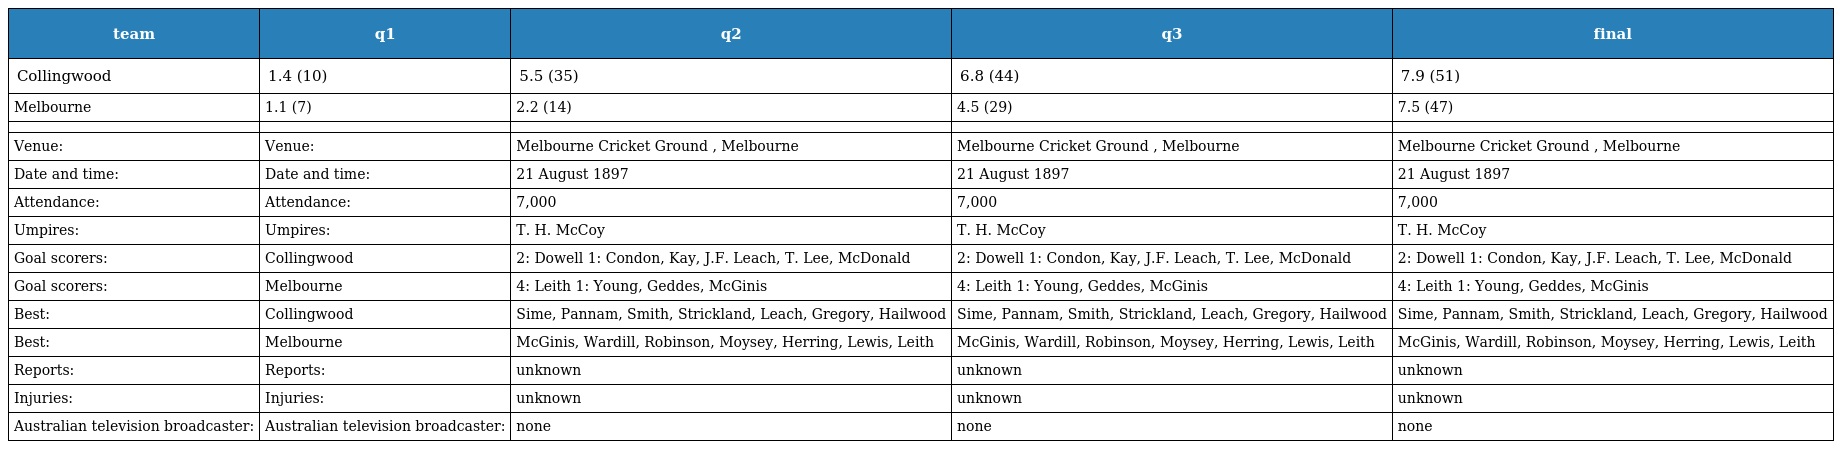
| team | q1 | q2 | q3 | final |
 | --- | --- | --- | --- | --- |
 | Collingwood | 1.4 (10) | 5.5 (35) | 6.8 (44) | 7.9 (51) |
 | Melbourne | 1.1 (7) | 2.2 (14) | 4.5 (29) | 7.5 (47) |
 |  |  |  |  |  |
 | Venue: | Venue: | Melbourne Cricket Ground , Melbourne | Melbourne Cricket Ground , Melbourne | Melbourne Cricket Ground , Melbourne |
 | Date and time: | Date and time: | 21 August 1897 | 21 August 1897 | 21 August 1897 |
 | Attendance: | Attendance: | 7,000 | 7,000 | 7,000 |
 | Umpires: | Umpires: | T. H. McCoy | T. H. McCoy | T. H. McCoy |
 | Goal scorers: | Collingwood | 2: Dowell 1: Condon, Kay, J.F. Leach, T. Lee, McDonald | 2: Dowell 1: Condon, Kay, J.F. Leach, T. Lee, McDonald | 2: Dowell 1: Condon, Kay, J.F. Leach, T. Lee, McDonald |
 | Goal scorers: | Melbourne | 4: Leith 1: Young, Geddes, McGinis | 4: Leith 1: Young, Geddes, McGinis | 4: Leith 1: Young, Geddes, McGinis |
 | Best: | Collingwood | Sime, Pannam, Smith, Strickland, Leach, Gregory, Hailwood | Sime, Pannam, Smith, Strickland, Leach, Gregory, Hailwood | Sime, Pannam, Smith, Strickland, Leach, Gregory, Hailwood |
 | Best: | Melbourne | McGinis, Wardill, Robinson, Moysey, Herring, Lewis, Leith | McGinis, Wardill, Robinson, Moysey, Herring, Lewis, Leith | McGinis, Wardill, Robinson, Moysey, Herring, Lewis, Leith |
 | Reports: | Reports: | unknown | unknown | unknown |
 | Injuries: | Injuries: | unknown | unknown | unknown |
 | Australian television broadcaster: | Australian television broadcaster: | none | none | none |